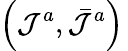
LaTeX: \left(\mathcal{J}^{a},\bar{\mathcal{J}}^{a}\right)\,